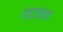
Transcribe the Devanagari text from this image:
गोद्जेवाक